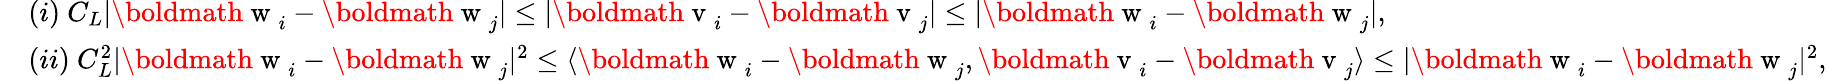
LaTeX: \begin{array}{r}{\begin{array}{rl}&{(i)~C_{L}|\mathrm{\boldmath~w~}_{i}-\mathrm{\boldmath~w~}_{j}|\le|\mathrm{\boldmath~v~}_{i}-\mathrm{\boldmath~v~}_{j}|\le|\mathrm{\boldmath~w~}_{i}-\mathrm{\boldmath~w~}_{j}|,}\\ &{(ii)~C_{L}^{2}|\mathrm{\boldmath~w~}_{i}-\mathrm{\boldmath~w~}_{j}|^{2}\le\langle\mathrm{\boldmath~w~}_{i}-\mathrm{\boldmath~w~}_{j},\mathrm{\boldmath~v~}_{i}-\mathrm{\boldmath~v~}_{j}\rangle\le|\mathrm{\boldmath~w~}_{i}-\mathrm{\boldmath~w~}_{j}|^{2},}\end{array}}\end{array}